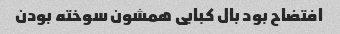
افتضاح بود بال کبابی همشون سوخته بودن